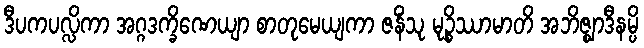
ဒီပကပလ္လိကာ အဂ္ဂဒက္ခိဏေယျာ စာတုမေယျကာ ဇနိံသု မုဉ္စိဿာမာတိ အဘိဇ္ဈာဒီနမ္ပိ